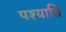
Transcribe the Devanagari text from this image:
पश्याति